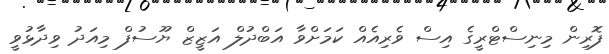
ފޮރިން މިނިސްޓްރީގެ އިސް ވެރިއެއް ކަމަށްވާ އަބްދުލް އަޒީޒް ޔޫސުފް މިއަދު ވިދާޅުވީ